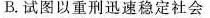
B.试图以重刑迅速稳定社会